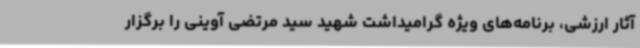
آثار ارزشی، برنامه‌های ویژه گرامیداشت شهید سید مرتضی آوینی را برگزار